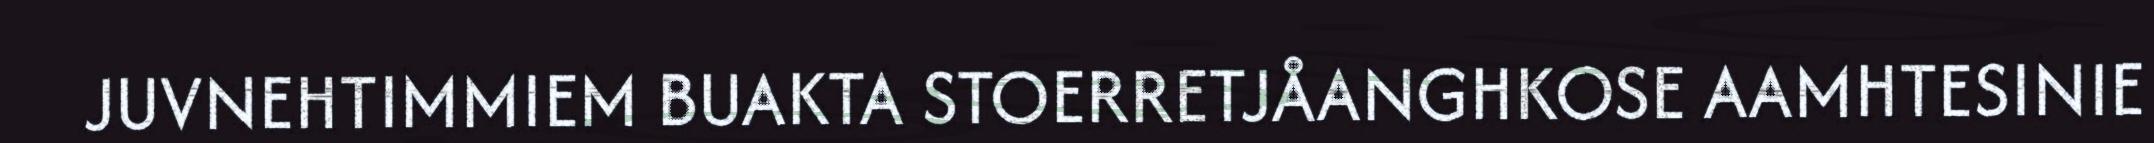
JUVNEHTIMMIEM BUAKTA STOERRETJÅANGHKOSE AAMHTESINIE